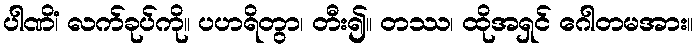
ပါဏိံ၊ လက်ခုပ်ကို။ ပဟရိတွာ၊ တီး၍။ တဿ၊ ထိုအရှင် ဂေါတမအား။